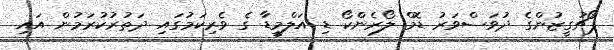
ޕޯޗުގީޒުންގެ ދުވަސްވަރު ޑޮމް ލޯރެންކޯ ޑި އަލްމީޑާ ގެ ވެރިކަމުގައި ދަތުރުކުރަމުން އައި